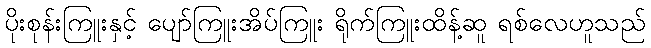
ပိုးစုန်းကြူးနှင့် ပျော်ကြူးအိပ်ကြူး ရိုက်ကြူးထိန့်ဆူ ရစ်လေဟူသည်